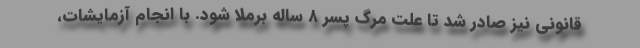
قانونی نیز صادر شد تا علت مرگ پسر ۸ ساله برملا شود. با انجام آزمایشات،